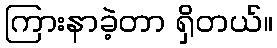
ကြားနာခဲ့တာ ရှိတယ်။